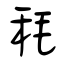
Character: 秏